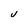
Character: U